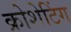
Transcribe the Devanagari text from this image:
क्रोशेटिंग